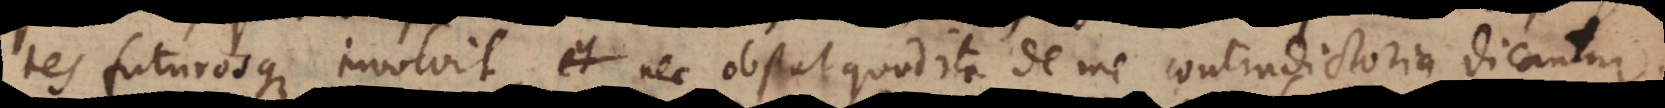
tes futurosque involvit, nec obstat quod ita de me contradictoria dicantur;